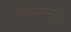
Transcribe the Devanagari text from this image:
देवमानव